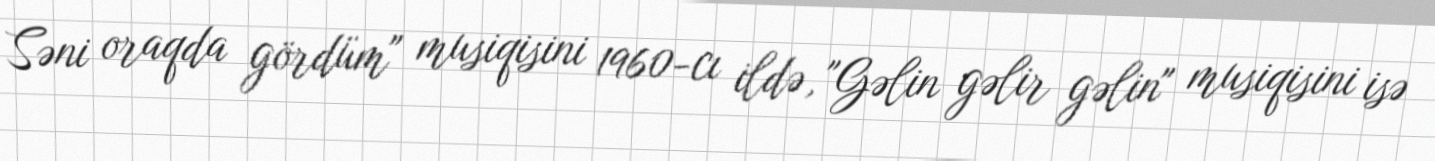
Səni oraqda gördüm" musiqisini 1960-cı ildə, "Gəlin gəlir gəlin" musiqisini isə